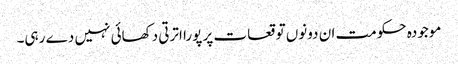
موجودہ حکومت ان دونوں توقعات پر پورا اترتی دکھائی نہیں دے رہی۔